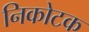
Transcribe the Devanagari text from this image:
निकोटक